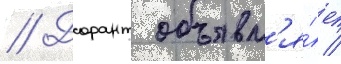
// Дорант объявл'я́ет /